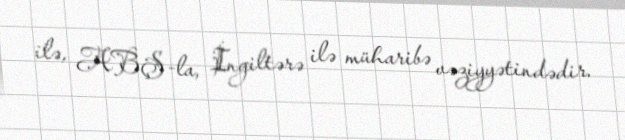
ilə, ABŞ-la, İngiltərə ilə müharibə vəziyyətindədir.